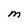
Character: M